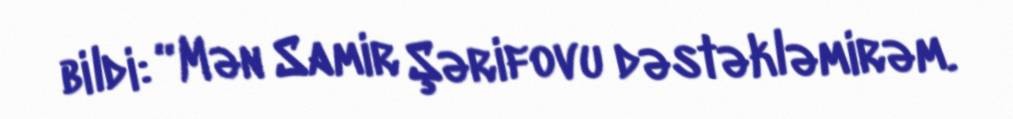
bildi: “Mən Samir Şərifovu dəstəkləmirəm.